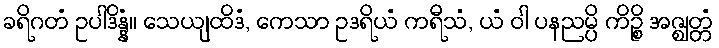
ခရိဂတံ ဥပါဒိန္နံ။ သေယျထိဒံ, ကေသာ ဥဒရိယံ ကရီသံ, ယံ ဝါ ပနညမ္ပိ ကိဉ္စိ အဇ္ဈတ္တံ